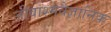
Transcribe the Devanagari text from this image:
जीवाश्मवैज्ञानिक